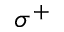
\sigma ^ { + }